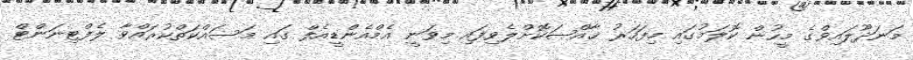
މަނަދޫލައިވްގެ މީހުން ކޮލަމުގައި މިފަހަރު ޚާއްޞަކޮށްލެވިފައި މިވަނީ އެމްއެންޑީއެފް ގައި މަސައްކަތްކުރައްވާ ލެފްޓިނަންޓް